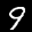
Label: 9